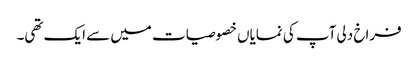
فراخ دلی آپ کی نمایاں خصوصیات میں سے ایک تھی۔